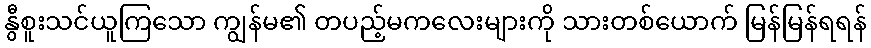
နွီစူးသင်ယူကြသော ကျွန်မ၏ တပည့်မကလေးများကို သားတစ်ယောက် မြန်မြန်ရရန်